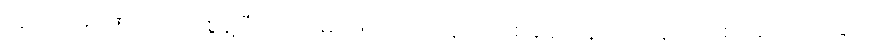
လူ, သာမဏေတို့အား စွန့်ပြီး၍ သာမဏေတို့က နောင်တစ်ချိန် ပြန်ကပ်ပြန်လျှင် စားသောက်ခြင်း၊